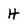
Character: H